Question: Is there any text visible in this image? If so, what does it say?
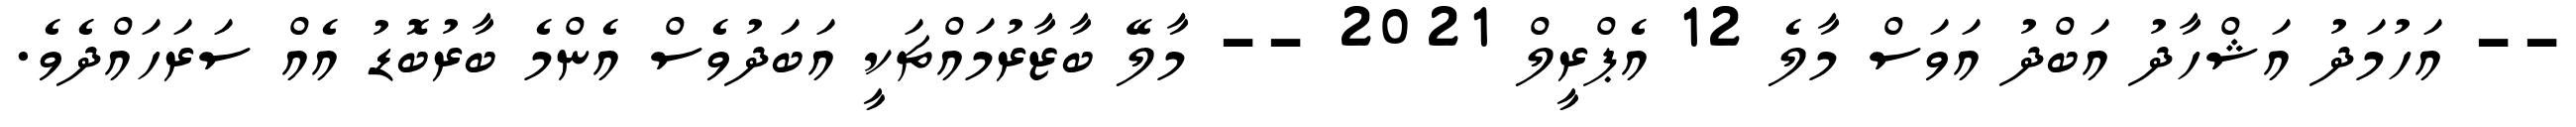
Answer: -- އަހުމަދު އަޝްހާދު އަބްދު އަވަސް މާލެ 12 އެޕްރީލް 2021 -- މާލޭ ބާޒާރުމައްޗަކީ އަބަދުވެސް އެންމެ ބާރުބޮޑު އެއް ސަރަހައްދެވެ.